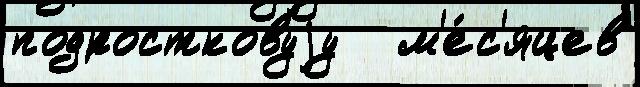
подростковуjу   м'е́с'яцев